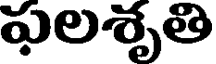
ఫలశృతి